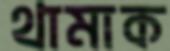
থামাক